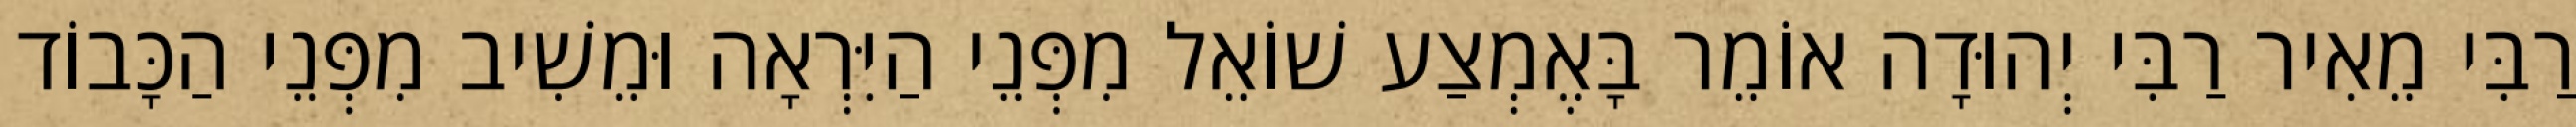
רַבִּי מֵאִיר רַבִּי יְהוּדָה אוֹמֵר בָּאֶמְצַע שׁוֹאֵל מִפְּנֵי הַיִּרְאָה וּמֵשִׁיב מִפְּנֵי הַכָּבוֹד